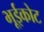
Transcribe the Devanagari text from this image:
भूईकोट